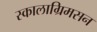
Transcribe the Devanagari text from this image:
स्कालाग्रिमसन